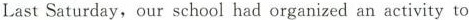
Last Saturday,our school had organized an activity to